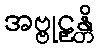
အဗ္ဗုဠှန္တိ